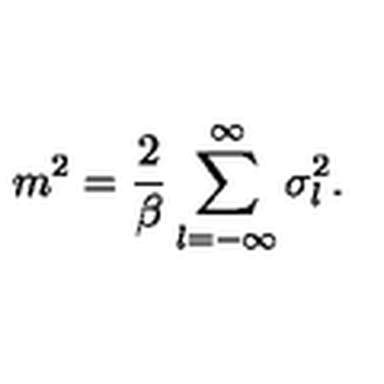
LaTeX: m ^ { 2 } = \frac { 2 } { \beta } \sum _ { l = - \infty } ^ { \infty } \sigma _ { l } ^ { 2 } .